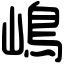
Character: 嶋